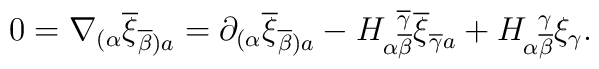
0 = \nabla_{(\alpha}\overline{\xi}_{\overline{\beta} )a}=\partial_{(\alpha}\overline{\xi}_{\overline{\beta} )a}-H_{\alpha \overline{\beta}}^{\, \, \,\overline{\gamma}}\overline{\xi}_{\overline{\gamma}a} +H_{\alpha \overline{\beta}}^{\, \, \, \gamma}\xi_\gamma  .